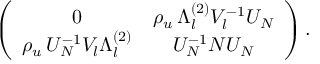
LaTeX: \left( \begin{array} { c c } { { 0 } } & { { \rho _ { u } \, \Lambda _ { l } ^ { ( 2 ) } { \cal V } _ { l } ^ { - 1 } { \cal U } _ { N } } } \\ { { \rho _ { u } \, { \cal U } _ { N } ^ { - 1 } { \cal V } _ { l } \Lambda _ { l } ^ { ( 2 ) } } } & { { { \cal U } _ { N } ^ { - 1 } N { \cal U } _ { N } } } \end{array} \right) .